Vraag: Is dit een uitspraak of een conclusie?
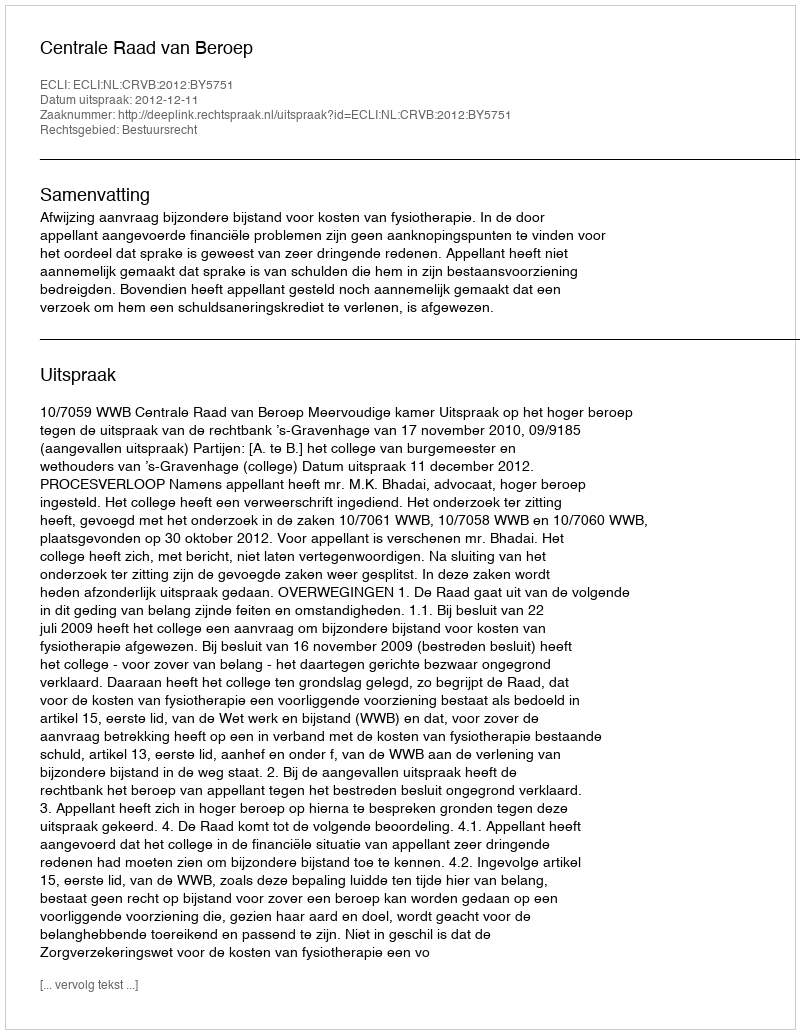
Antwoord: Uitspraak